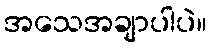
အသေအချာပါပဲ။